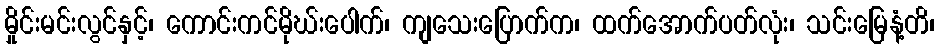
မှိုင်းမင်းလွင်နှင့်၊ ကောင်းကင်မိုဃ်းပေါက်၊ ကျသေးပြောက်က၊ ထက်အောက်ပတ်လုံး၊ သင်းမြေနံ့တိ၊